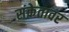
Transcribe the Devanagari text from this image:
संकेतावर